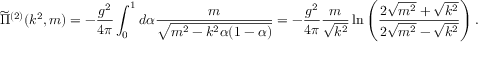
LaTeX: \widetilde { \Pi } ^ { ( 2 ) } ( k ^ { 2 } , m ) = - \frac { g ^ { 2 } } { 4 \pi } \int _ { 0 } ^ { 1 } d \alpha \frac { m } { \sqrt { m ^ { 2 } - k ^ { 2 } \alpha ( 1 - \alpha ) } } = - \frac { g ^ { 2 } } { 4 \pi } \frac { m } { \sqrt { k ^ { 2 } } } \ln { \left( \frac { 2 \sqrt { m ^ { 2 } } + \sqrt { k ^ { 2 } } } { 2 \sqrt { m ^ { 2 } } - \sqrt { k ^ { 2 } } } \right) } \, .